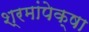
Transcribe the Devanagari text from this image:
श्रमांपेक्षा